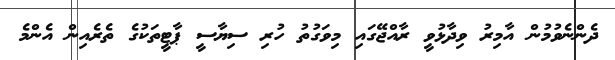
ދެންނެވުމުން އާމިރު ވިދާޅުވީ ރާއްޖޭގައި މިވަގުތު ހުރި ސިޔާސީ ޕާޓީތަކުގެ ތެރެއިން އެންމެ